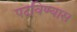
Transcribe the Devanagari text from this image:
पटविण्यास